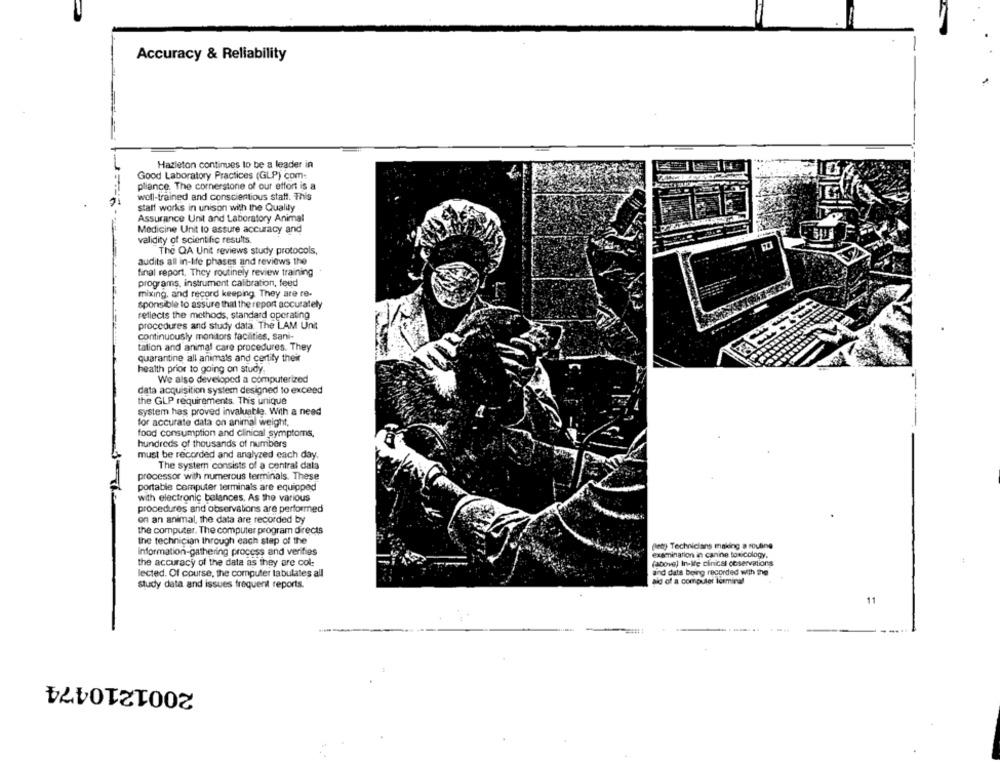
Accuracy & Reliability
Hazleton continues to be a leader in
Good Laboratory Practices (GLP) com.
pliance. The cornerstone of our effort is a
woll-trained and conscientious statt. This
staff works in unison with the Quality
Assurance Unit and Laboratory Animal
Medicine Unit to assure accuracy and
validity of scientific results.
The QA Unit reviews study protocols,
audits all in-life phases and reviews the
final report, They routinely review training
programs, instrument calibration, feed
mixing, and record keeping They are re-
sponsible to assure that the report accurately
reflects the methods, standard operating
procedures and study data. The LAM Unit
continuously monitors facilities, sani-
tation and animal care procedures. They
quarantine all animals and certity their
health prior to going on study.
We also developed a computerized
data acquisition system designed to exceed
the GLP requirements. This unique
system has proved invaluable. With a need
for accurate data on animal weight,
food consumption and clinical symptoms,
hundreds of thousands of numbers
must be recorded and analyzed each day,
The systern consists of a central data
processor with numerous terminals. These
portable computer terminais are equipped
with electronic balances. As the various
procedures and observations are performed
on an animal, the data are recorded by
the computer. The computer program directs
the technician through each step of the
(et) Technicians making a routing
information-gathering process and verifies
examination in canne toxicology.
the accuracy of the data as they are col:
(above) In-ie clinical coservations
lected. Of course, the computer labulates all
and data being recorded with the
aid of a computer formina!
study data and issues frequent reports.
11
-
2001210474